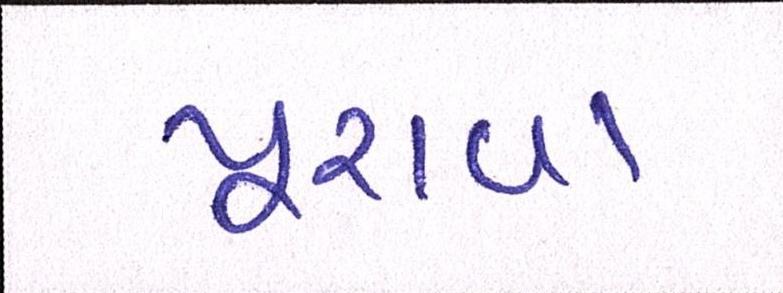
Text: પૂરાવા